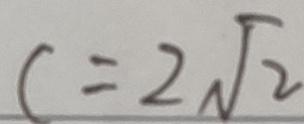
c = 2 \sqrt { 2 }